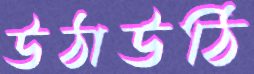
উঠাউঠি